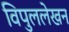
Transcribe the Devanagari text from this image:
विपुललेखन